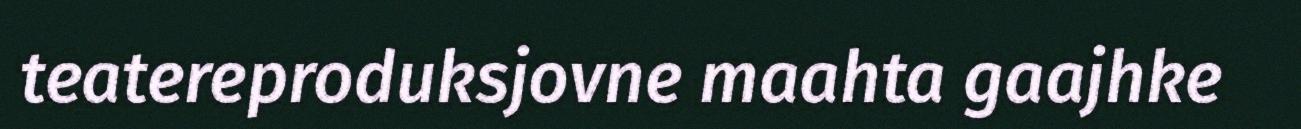
teatereproduksjovne maahta gaajhke